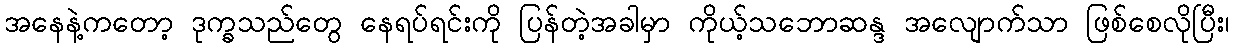
အနေနဲ့ကတော့ ဒုက္ခသည်တွေ နေရပ်ရင်းကို ပြန်တဲ့အခါမှာ ကိုယ့်သဘောဆန္ဒ အလျောက်သာ ဖြစ်စေလိုပြီး၊